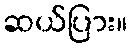
ဆယ်ပြား။